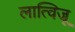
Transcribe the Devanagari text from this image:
लात्विजू